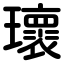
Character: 瓌